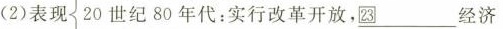
(2)表现{20世纪80年代：\underline{\boxed{23}}___ 实行改革开放，图经济